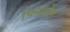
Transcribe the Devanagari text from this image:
पिनहोल